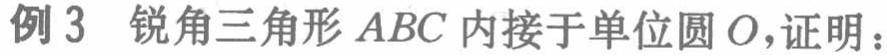
例3 锐角三角形 \(ABC\) 内接于单位圆 \(O\)，证明：